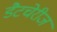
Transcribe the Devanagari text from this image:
डैटचेरीज